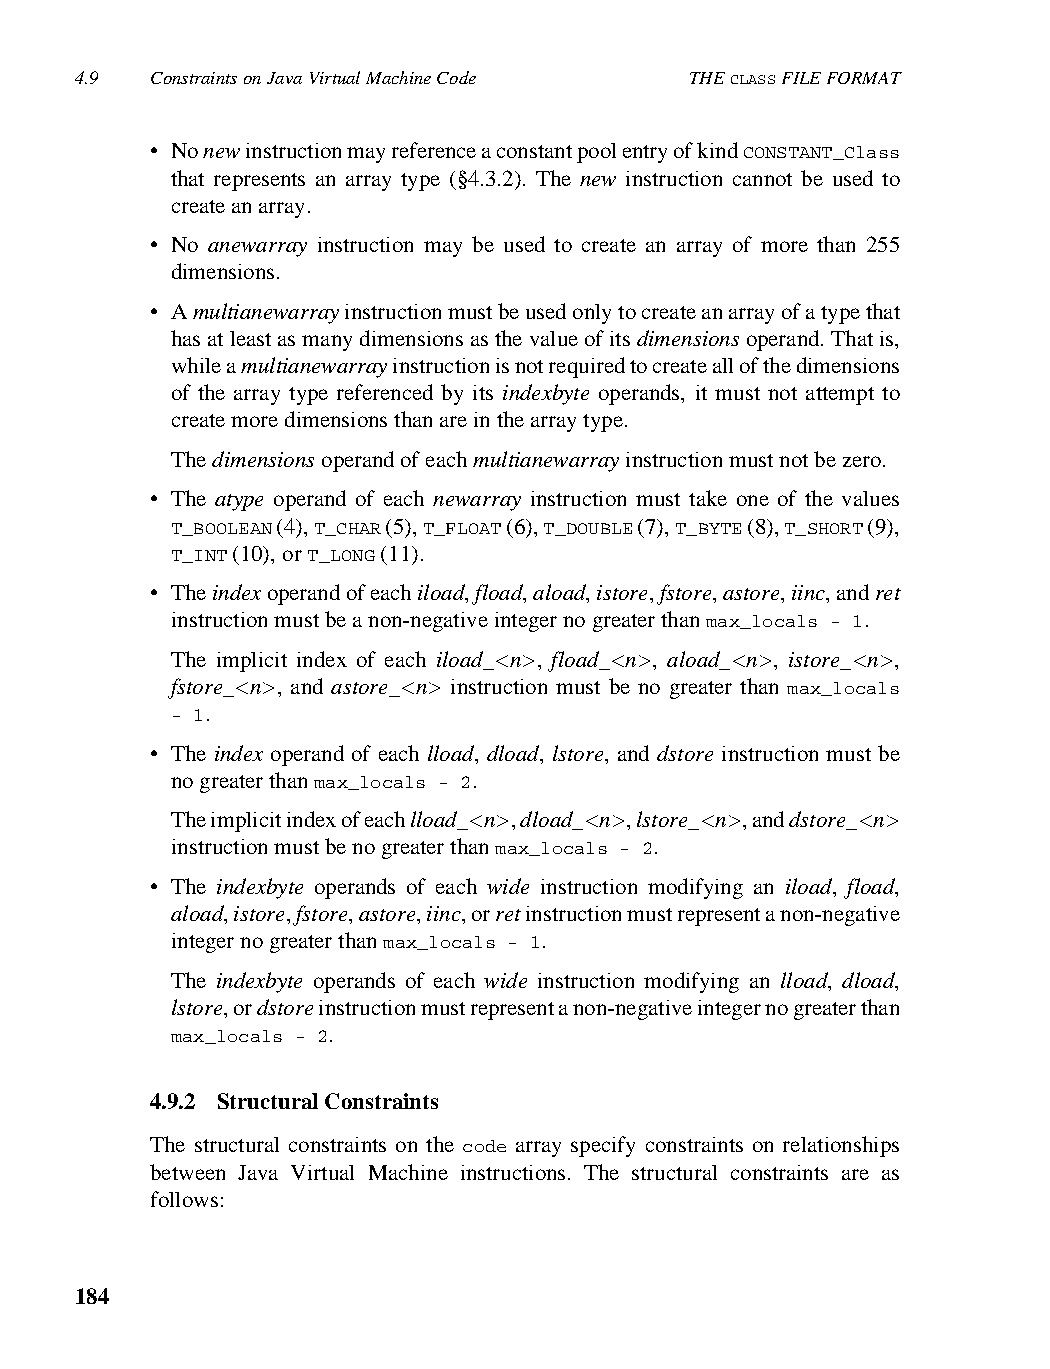
4.9  Constraints on Java Virtual Machine Code THE CLASS FILE FORMAT
 • No new instruction may reference a constant pool entry of kind CONSTANT_Class
 that represents an array type (§4.3.2). The new instruction cannot be used to
 create an array.
 • No anewarray instruction may be used to create an array of more than 255
 dimensions.
 • A multianewarray instruction must be used only to create an array of a type that
 has at least as many dimensions as the value of its dimensions operand. That is,
 while a multianewarray instruction is not required to create all of the dimensions
 of the array type referenced by its indexbyte operands, it must not attempt to
 create more dimensions than are in the array type.
 The dimensions operand of each multianewarray instruction must not be zero.
 • The atype operand of each newarray instruction must take one of the values
 T_BOOLEAN (4), T_CHAR (5), T_FLOAT (6), T_DOUBLE (7), T_BYTE (8), T_SHORT (9),
 T_INT (10), or T_LONG (11).
 • The index operand of each iload, fload, aload, istore, fstore, astore, iinc, and ret
 instruction must be a non-negative integer no greater than max_locals - 1.
 The implicit index of each iload_<n>, fload_<n>, aload_<n>, istore_<n>,
 fstore_<n>, and astore_<n> instruction must be no greater than max_locals
 - 1.
 • The index operand of each lload, dload, lstore, and dstore instruction must be
 no greater than max_locals - 2.
 The implicit index of each lload_<n>, dload_<n>, lstore_<n>, and dstore_<n>
 instruction must be no greater than max_locals - 2.
 • The indexbyte operands of each wide instruction modifying an iload, fload,
 aload, istore, fstore, astore, iinc, or ret instruction must represent a non-negative
 integer no greater than max_locals - 1.
 The indexbyte operands of each wide instruction modifying an lload, dload,
 lstore, or dstore instruction must represent a non-negative integer no greater than
 max_locals - 2.
 4.9.2 Structural Constraints
 The structural constraints on the code array specify constraints on relationships
 between Java Virtual Machine instructions. The structural constraints are as
 follows:
 184